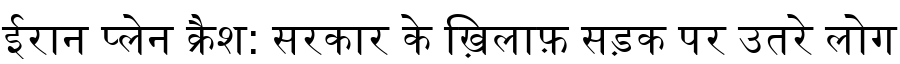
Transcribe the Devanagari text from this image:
ईरान प्लेन क्रैश: सरकार के ख़िलाफ़ सड़क पर उतरे लोग